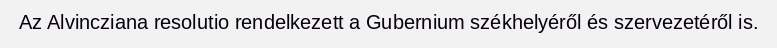
Az Alvincziana resolutio rendelkezett a Gubernium székhelyéről és szervezetéről is.